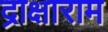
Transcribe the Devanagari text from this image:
द्राक्षाराम